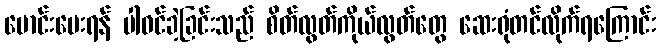
မောင်းပေးရန် ပါဝင်ခဲ့ခြင်းသည် စိတ်လွတ်ကိုယ်လွတ်တွေ ဆေးရုံတင်လိုက်ရကြောင်း